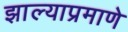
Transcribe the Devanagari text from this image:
झाल्याप्रमाणे